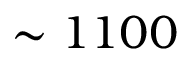
\sim 1 1 0 0